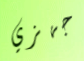
جهزي